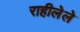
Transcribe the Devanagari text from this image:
राहीलेले